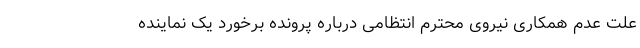
علت عدم همکاری نیروی محترم انتظامی درباره پرونده برخورد یک نماینده